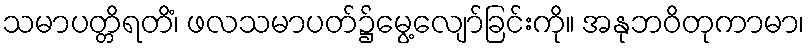
သမာပတ္တိရတိံ၊ ဖလသမာပတ်၌မွေ့လျော်ခြင်းကို။ အနုဘဝိတုကာမာ၊